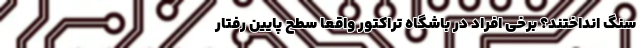
سنگ انداختند؟ برخی افراد در باشگاه تراکتور واقعاً سطح پایین رفتار